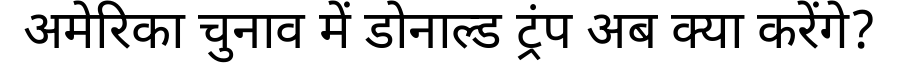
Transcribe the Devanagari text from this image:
अमेरिका चुनाव में डोनाल्ड ट्रंप अब क्या करेंगे?